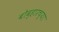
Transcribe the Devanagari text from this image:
बोव्हारच्या